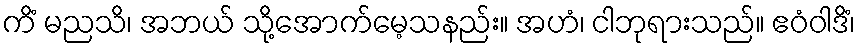
ကိံ မညသိ၊ အဘယ် သို့အောက်မေ့သနည်း။ အဟံ၊ ငါဘုရားသည်။ ဧဝံဝါဒိံ၊